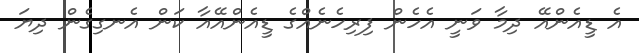
އެ ޑީއެންއޭ ދިމާ ވަނީ އެހެން ފިރިހެނެއްގެ ޑީއެންއޭއާ ކަން އެނގިގެން ދިޔަ